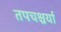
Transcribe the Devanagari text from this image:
तपचश्चर्या